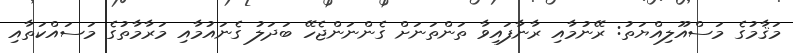
މަޤާމުގެ މަސްއޫލިއްޔަތު: ރޭނުމާއި ރާނާފައިވާ ތަންތަނަށް ގެންނަންޖެހޭ ބަދަލު ގެނައުމާއި މަރާމާތުގެ މަސައްކަތާއި